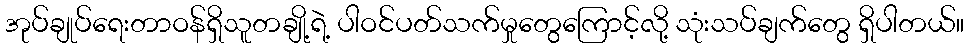
အုပ်ချုပ်ရေးတာဝန်ရှိသူတချို့ရဲ့ ပါဝင်ပတ်သက်မှုတွေကြောင့်လို့ သုံးသပ်ချက်တွေ ရှိပါတယ်။